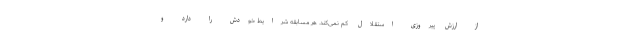
از ارزش پیروزی استقلال کم نمی‌کند. هر مسابقه شرایط خودش را دارد و